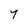
Character: y